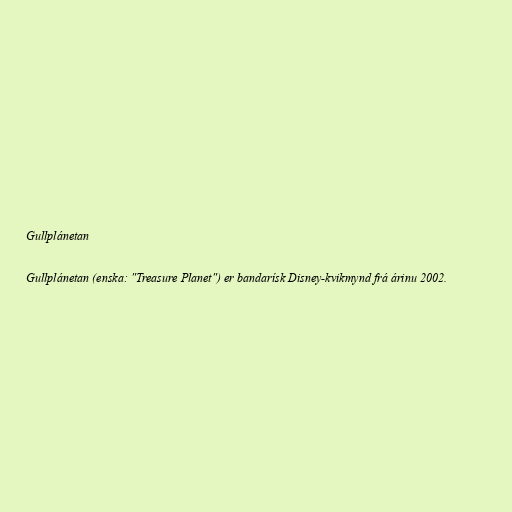
Gullplánetan

Gullplánetan (enska: "Treasure Planet") er bandarísk Disney-kvikmynd frá árinu 2002.